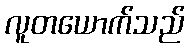
လူတယောက်သည်